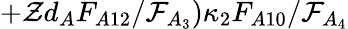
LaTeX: +\mathcal{Z}d_{A}F_{A12}/\mathcal{F}_{A_{3}})\kappa_{2}F_{A10}/\mathcal{F}_{A_{4}}